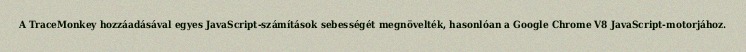
A TraceMonkey hozzáadásával egyes JavaScript-számítások sebességét megnövelték, hasonlóan a Google Chrome V8 JavaScript-motorjához.